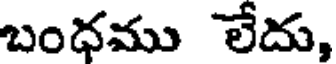
బంధము లేదు,